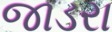
જાડરા